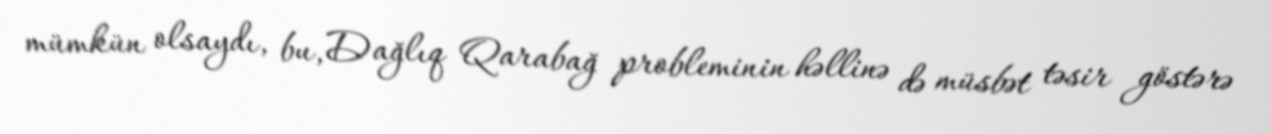
mümkün olsaydı, bu, Dağlıq Qarabağ probleminin həllinə də müsbət təsir göstərə